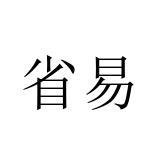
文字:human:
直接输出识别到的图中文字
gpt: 省易